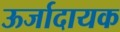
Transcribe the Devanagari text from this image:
ऊर्जादायक